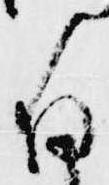
存